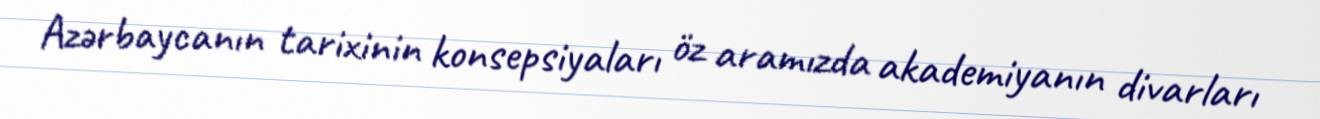
Azərbaycanın tarixinin konsepsiyaları öz aramızda akademiyanın divarları